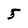
Character: 5